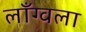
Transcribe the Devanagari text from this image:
लाँग्वला